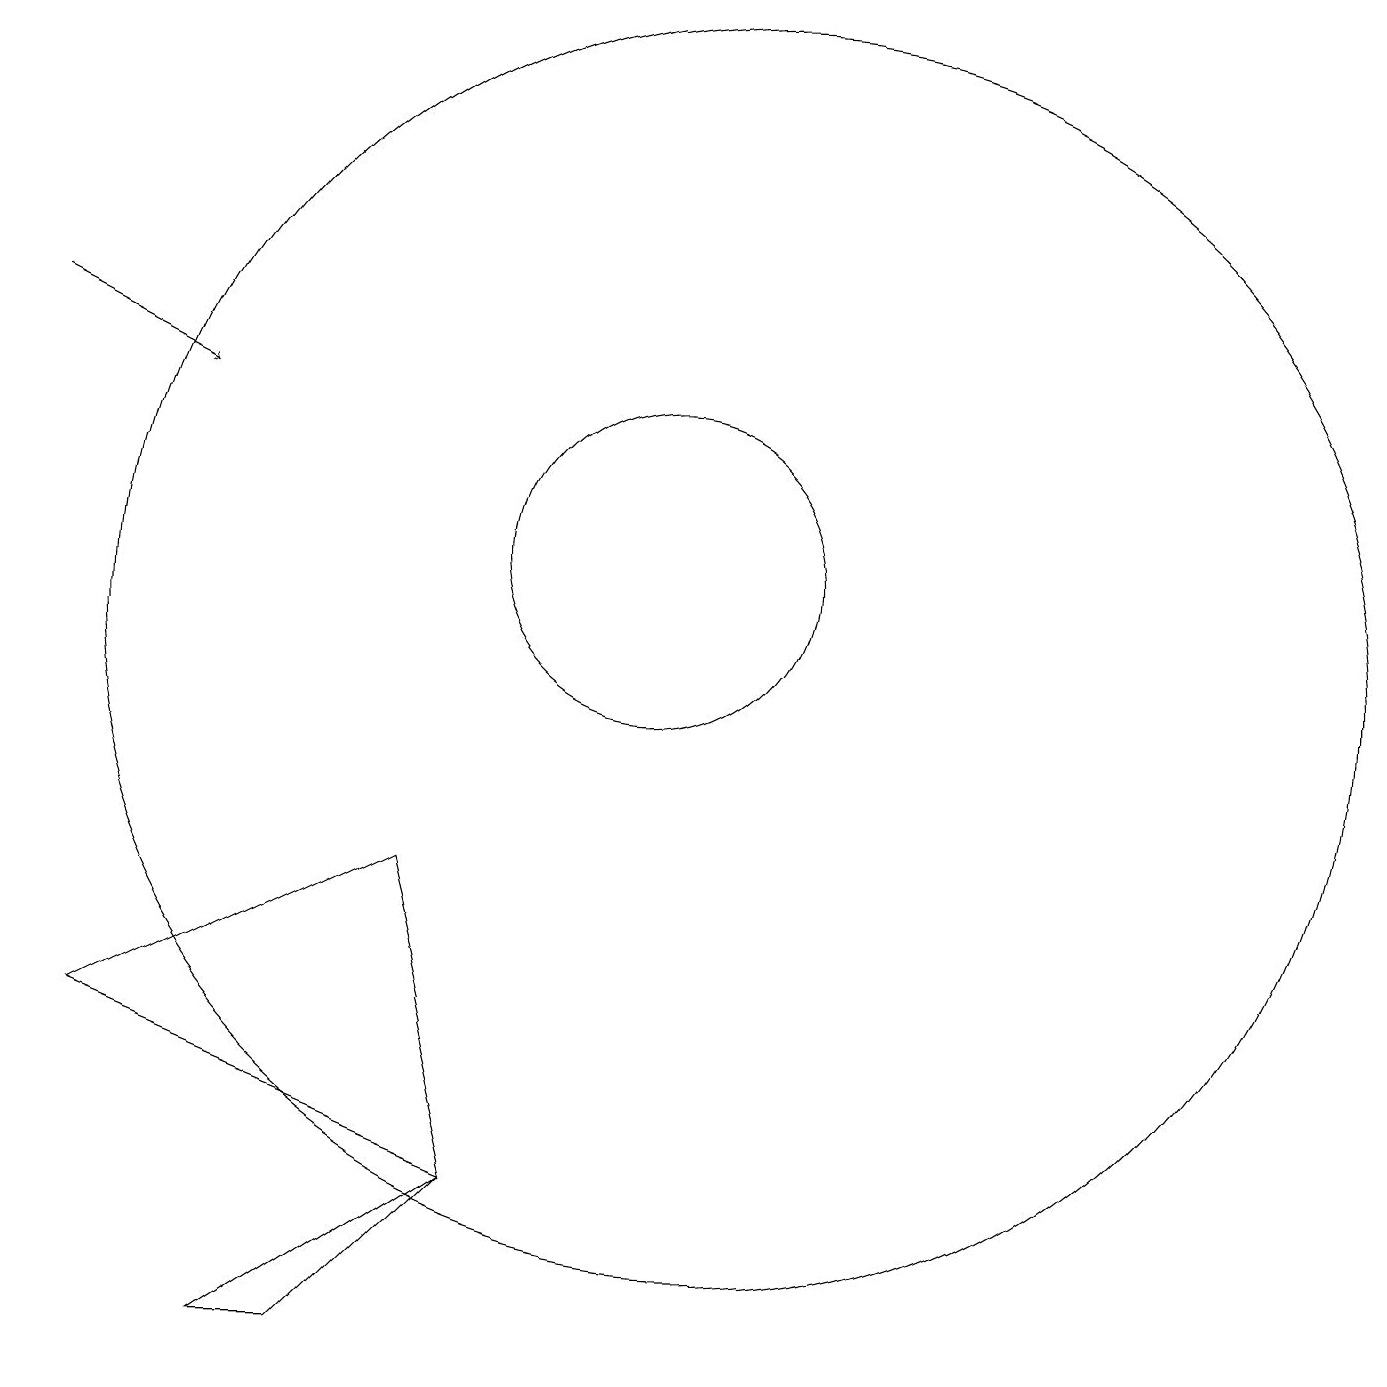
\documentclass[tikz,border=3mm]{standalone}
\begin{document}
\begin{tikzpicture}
\draw (11,10) circle (8);
\draw (10,11) circle (2);
\draw (8,3) -- (5,1) -- (6,1) -- cycle;
\draw (8,3) -- (3,5) -- (7,7) -- cycle;
\draw[->] (2,14) -- (4,13);
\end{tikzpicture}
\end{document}